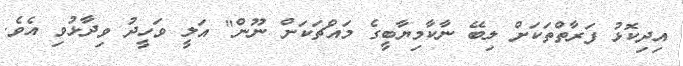
އިދިކޮޅު ފަރާތްތަކަށް ލިބޭ ނާކާމިޔާބީގެ މައްޗަކަށް ނޫން" އަލީ ވަހީދު ވިދާޅުވި އެވެ.